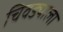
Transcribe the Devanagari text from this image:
चिवड्याला